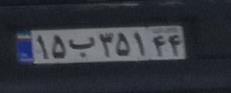
۱۵ب۳۵۱۴۴